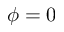
\phi = 0